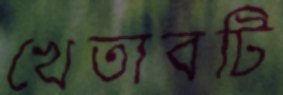
খেতাবটি